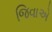
જિવાએ